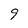
Character: 9